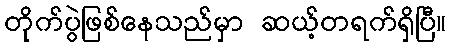
တိုက်ပွဲဖြစ်နေသည်မှာ ဆယ့်တရက်ရှိပြီ။